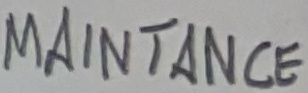
Text: MAINTANCE